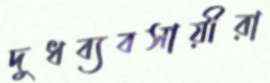
দুধব্যবসায়ীরা